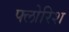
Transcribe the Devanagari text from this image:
फ्लोरिश